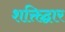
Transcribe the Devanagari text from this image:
शक्तिद्वार